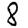
Digit: 8